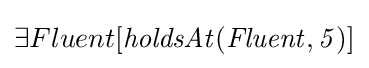
\exists Fluent[{\mathit {holdsAt(Fluent,5)}}]